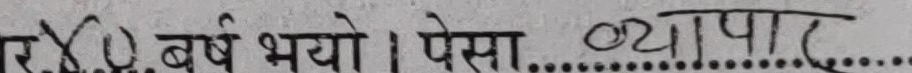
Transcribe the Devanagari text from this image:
एर वर्ष भयो । पेसा व्यापार